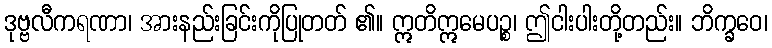
ဒုဗ္ဗလီကရဏာ၊ အားနည်းခြင်းကိုပြုတတ် ၏။ ဣတိဣမေပဉ္စ၊ ဤငါးပါးတို့တည်း။ ဘိက္ခဝေ၊